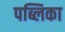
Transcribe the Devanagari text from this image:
पब्लिका